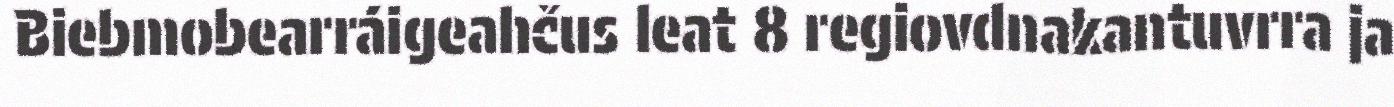
Biebmobearráigeahčus leat 8 regiovdnakantuvrra ja